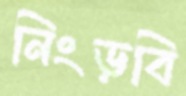
নিংড়বি